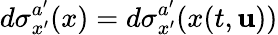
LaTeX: d\sigma_{x^{\prime}}^{a^{\prime}}(x)=d\sigma_{x^{\prime}}^{a^{\prime}}(x(t,\mathbf{u}))